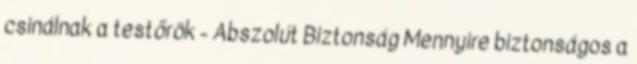
csinálnak a testőrök - Abszolút Biztonság Mennyire biztonságos a